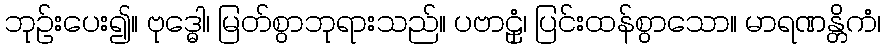
ဘုဉ်းပေး၍။ ဗုဒ္ဓေါ၊ မြတ်စွာဘုရားသည်။ ပဗာဠှံ၊ ပြင်းထန်စွာသော။ မာရဏန္တိကံ၊